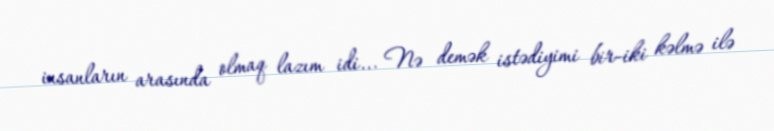
insanların arasında olmaq lazım idi... Nə demək istədiyimi bir-iki kəlmə ilə